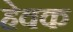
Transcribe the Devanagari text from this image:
हेवक